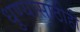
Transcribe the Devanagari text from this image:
धुण्यासाठीही